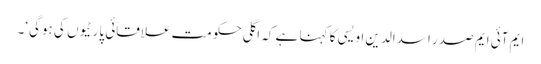
ایم آئی ایم صدر اسدالدین اویسی کا کہنا ہے کہ اگلی حکومت علاقائی پارٹیوں کی ہوگی‘۔